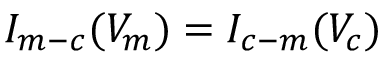
I _ { m - c } ( V _ { m } ) = I _ { c - m } ( V _ { c } )